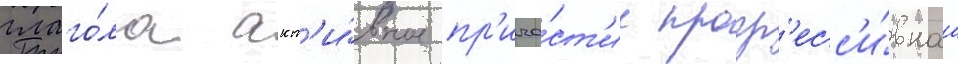
глаго́ла акт'и́вное пр'ича́ст'ие прогр'есс'и́внаа